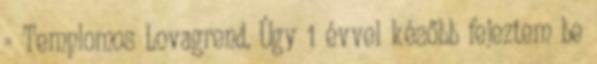
= Templomos Lovagrend. Úgy 1 évvel később fejeztem be